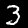
Label: 3